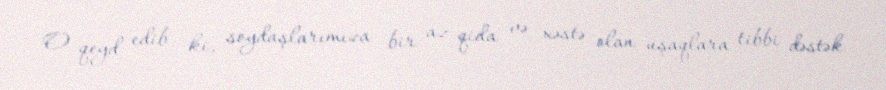
O qeyd edib ki, soydaşlarımıza bir az qida və xəstə olan uşaqlara tibbi dəstək